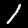
Digit: 1